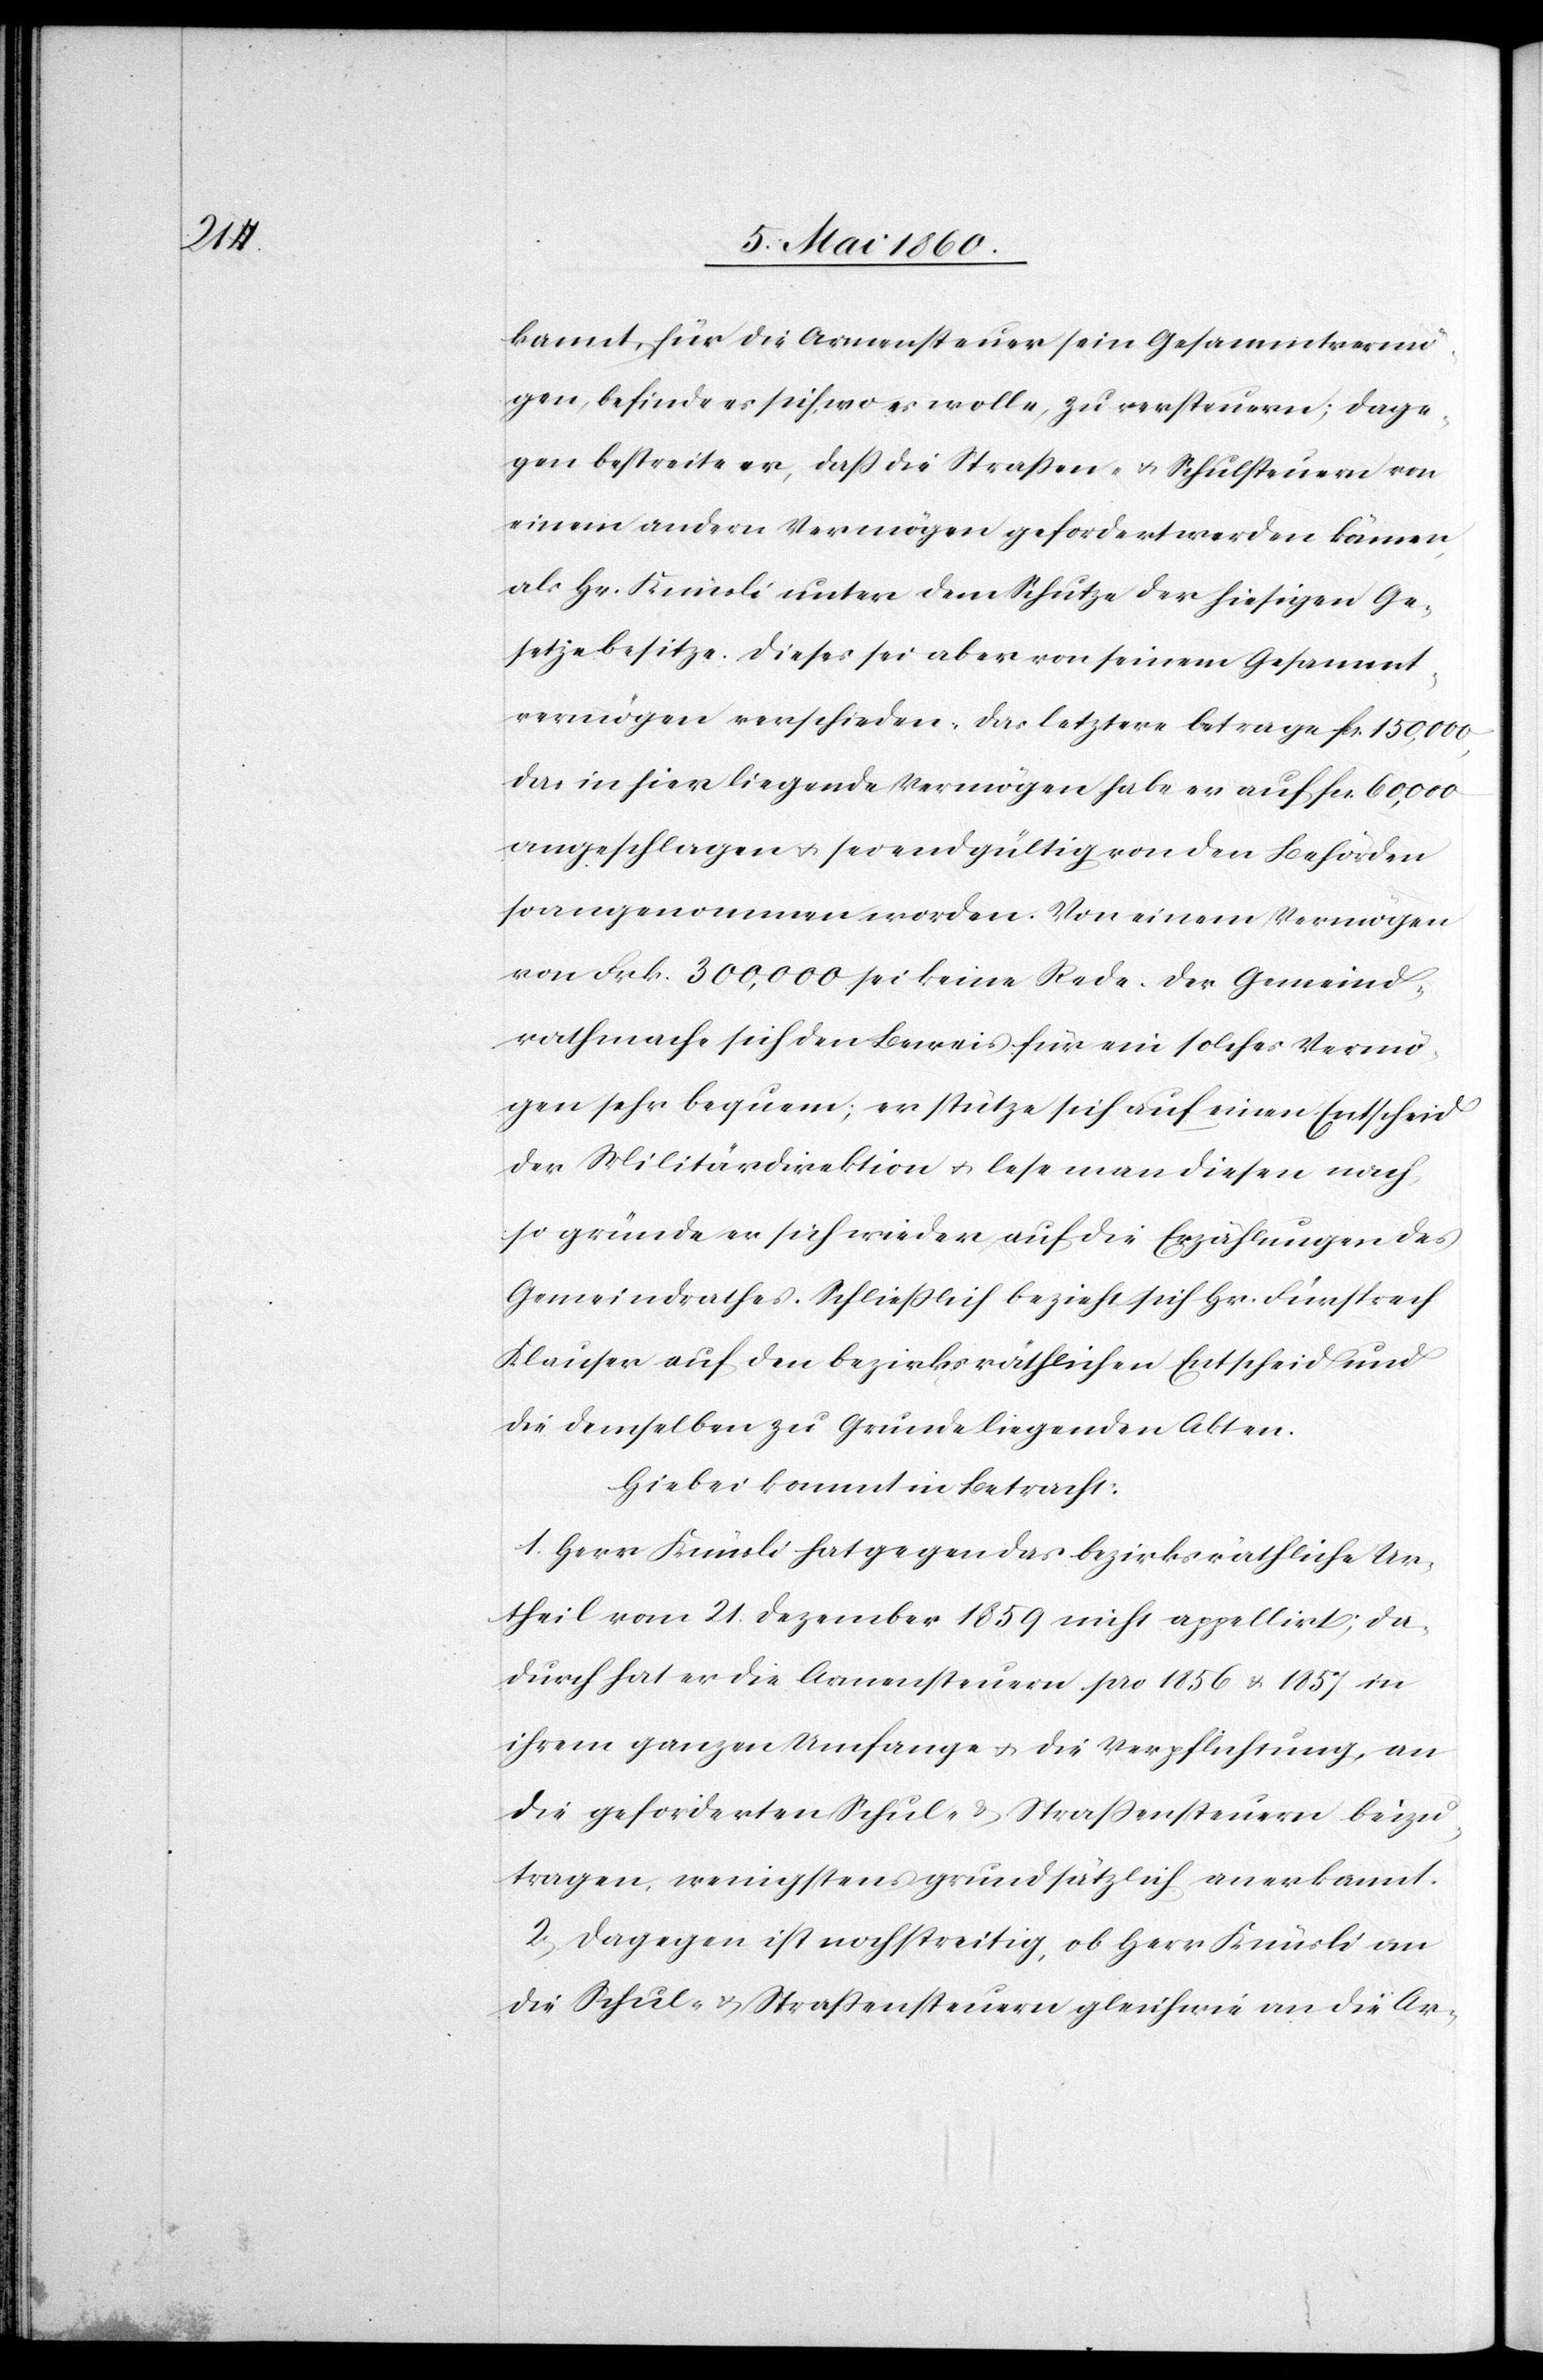
kannt, für die Armensteuer sein Gesammtvermö¬
gen, befinde es sich wo es wolle, zu versteuern; dage¬
gen bestreite er, dass die Strassen- u. Schulsteuern von
einem andern Vermögen gefordert werden können,
als Hr. Knüsli unter dem Schutze der hiesigen Ge¬
setze besitze. Dieses sei aber von seinem Gesammt¬
vermögen verschieden. Das letztere betrage fcs. 150,000,
das in hier liegende Vermögen habe er auf fcs. 60,000
angeschlagen u. sei endgültig von den Behörden
so angenommen worden. Von einem Vermögen
von Frk. 300,000 sei keine Rede. Der Regierungs¬
rath mache sich den Beweis, für ein solches Vermö¬
gen sehr bequem; er stütze sich auf einen Entscheid
der Militärdirektion u. lese man diesen nach,
so gründe er sich wieder auf die Erzählungen des
Gemeindrathes. Schliesslich bezieht sich Hr. Fürsprech
Klauser auf den bezirksräthlichen Entscheid un¬
d demselben zu Grunde liegenden Akten.
Hiebei kommt in Betracht:
1. Herr Knüsli hat gegen das bezirksräthliche Ur¬
theil vom 21. Dezember 1859 nicht appellirt; da¬
durch hat er die Armensteuern pro 1856 u. 1857 in
ihrem ganzen Umfange u. die Verpflichtung, an
die geforderten Schul- u. Strassensteuern beizu¬
tragen, wenigstens grundsätzlich anerkannt.
2. Dagegen ist noch streitig, ob Herr Knüsli an
die Schul- u. Strassensteuern gleichwie an die Ar-